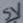
Text: 5V